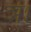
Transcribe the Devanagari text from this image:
ञ्।